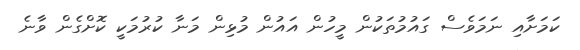
ކަމަށާއި ނަމަވެސް ގައުމުތަކުން މީހުން އައުން މުޅިން މަނާ ކުރުމަކީ ކޮށްގެން ވާނެ